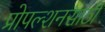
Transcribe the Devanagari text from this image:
प्रोपल्शनसाठी